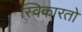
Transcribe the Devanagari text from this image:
स्विकारतो